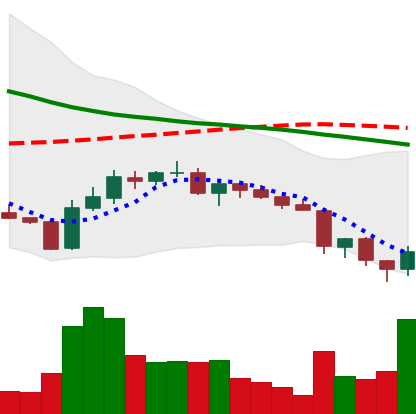
Ticker: ADA-USD
Chart end date: 2018-06-14
Forward return: -3.011%
Label: down_3_5